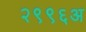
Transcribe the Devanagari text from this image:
२९९६अ